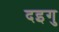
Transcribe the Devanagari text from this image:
दइगु